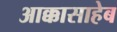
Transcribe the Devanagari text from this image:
आक्कासाहेब